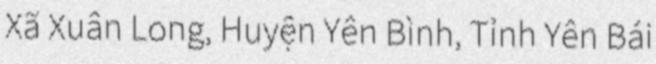
Xã Xuân Long, Huyện Yên Bình, Tỉnh Yên Bái